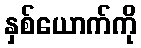
နှစ်ယောက်ကို